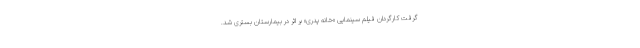
گرفت کارگردان فیلم سینمایی «خانه پدری» بر اثر در بیمارستان بستری شد.